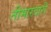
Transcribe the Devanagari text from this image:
तीमारदारी